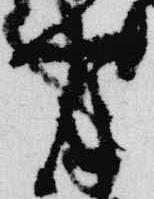
万